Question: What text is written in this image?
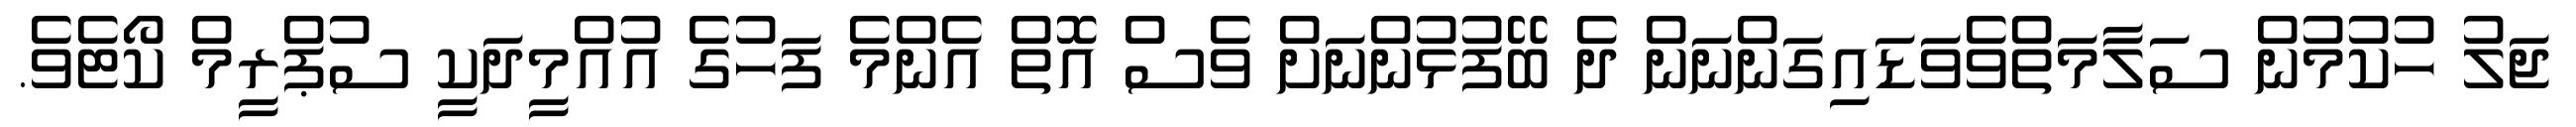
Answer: ޖަލު ހުކުމުން ސަލާމަތްވެވަޑައިގަންނަން ދެ ބޭފުޅުންނަށް ވެސް އޮތް އެންމެ ފަހުގެ އުއްމީދަކީ ސުޕްރީމް ކޯޓެވެ.